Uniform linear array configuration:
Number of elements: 12
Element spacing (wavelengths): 0.25
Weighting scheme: hamming
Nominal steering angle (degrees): -30
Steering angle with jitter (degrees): -29.477
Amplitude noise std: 0.05
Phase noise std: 0.05

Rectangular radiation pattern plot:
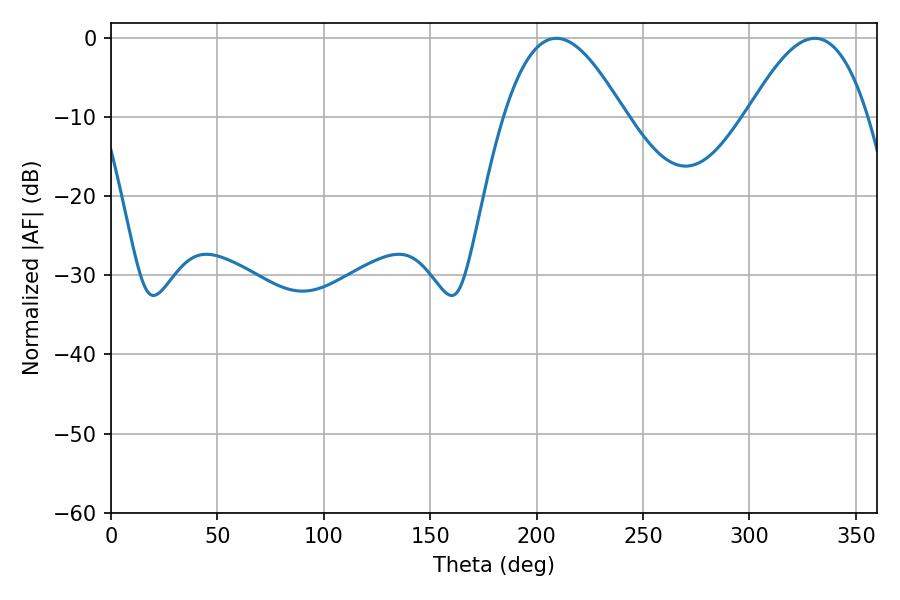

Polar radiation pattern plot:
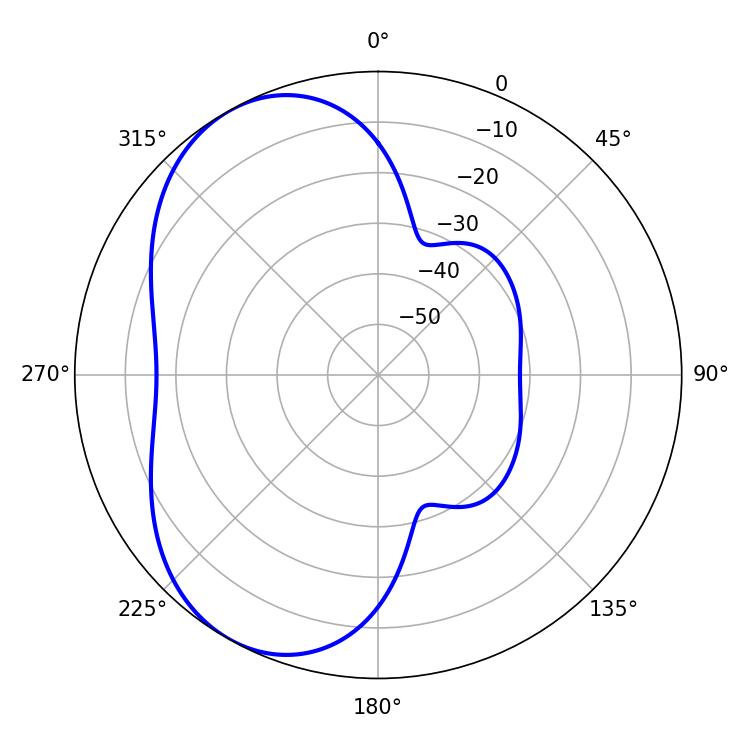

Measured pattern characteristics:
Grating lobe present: FALSE
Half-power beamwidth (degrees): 30.78
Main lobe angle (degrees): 209.34